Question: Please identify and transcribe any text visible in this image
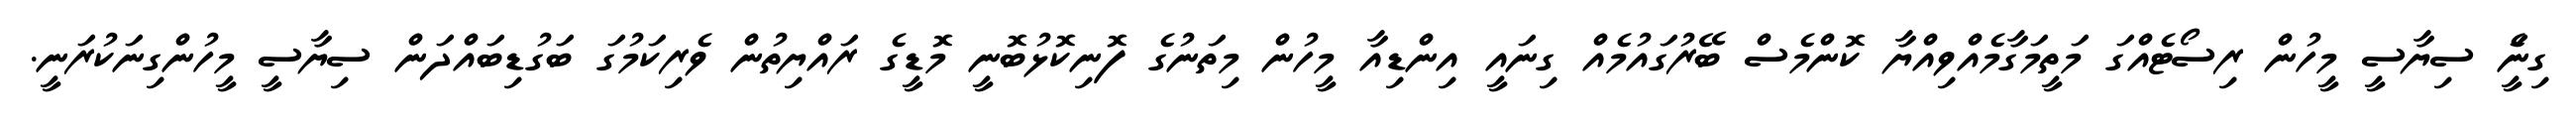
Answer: ގިނަެީ ސިޔާސީ މީހުން ރިސޯޓެއްގަ މަތީމަގާމެއްވިއްޔާ ކޮންމެސް ބޭރުގައުމެއް ގިނައީ އިންޑިއާ މީހުން މިތަނުގެ ފޮނިކޮޅުބޮނީ މޮޑީގެ ރައްޔިތުން ވެރިކަމުގަ ބަގުޑިބައްދަން ސިޔާސީ މީހުންގިނަކުރަނީ.